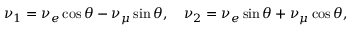
\nu _ { 1 } = \nu _ { e } \cos \theta - \nu _ { \mu } \sin \theta , ~ ~ ~ \nu _ { 2 } = \nu _ { e } \sin \theta + \nu _ { \mu } \cos \theta ,